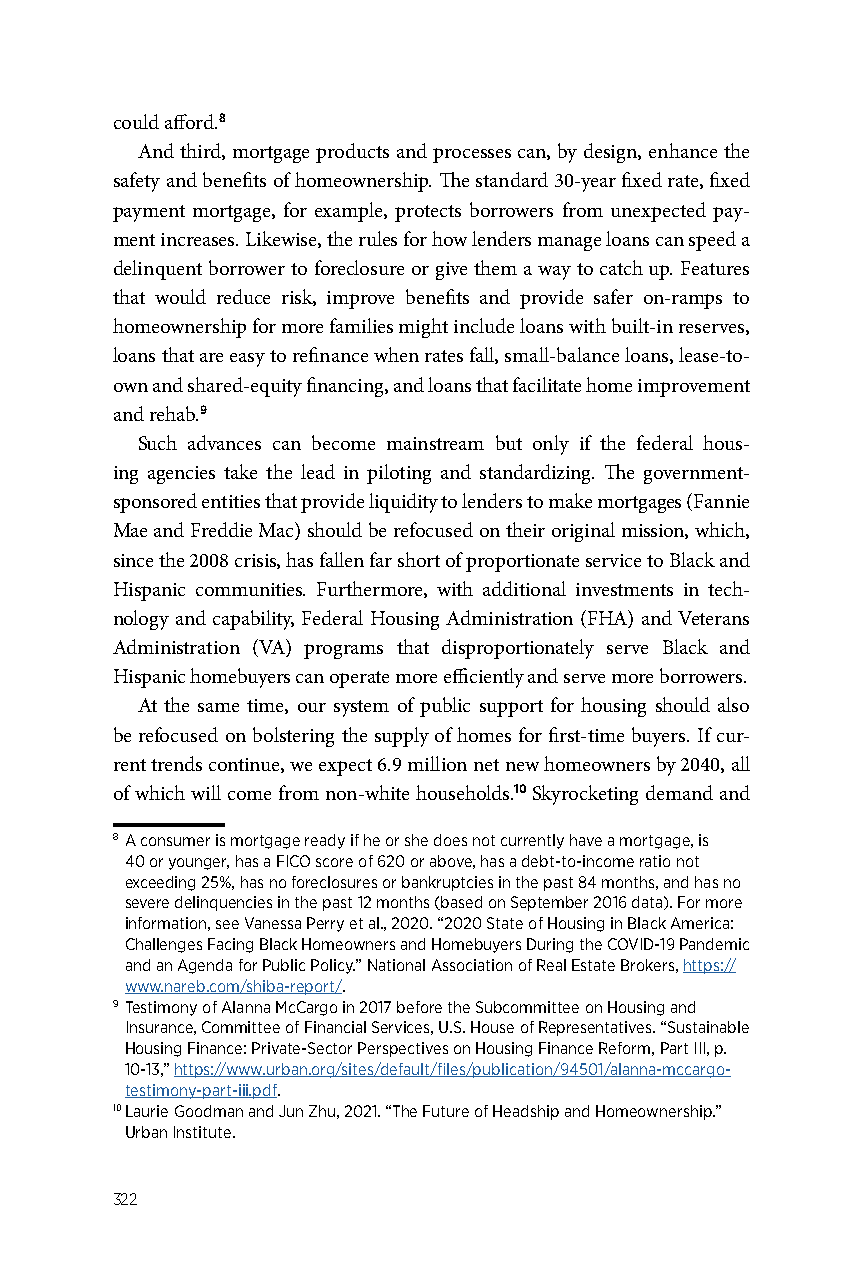
could afford.8
 And third, mortgage products and processes can, by design, enhance the
 safety and benefits of homeownership. The standard 30-year fixed rate, fixed
 payment mortgage, for example, protects borrowers from unexpected pay-
 ment increases. Likewise, the rules for how lenders manage loans can speed a
 delinquent borrower to foreclosure or give them a way to catch up. Features
 that would reduce risk, improve benefits and provide safer on-ramps to
 homeownership for more families might include loans with built-in reserves,
 loans that are easy to refinance when rates fall, small-balance loans, lease-to-
 own and shared-equity financing, and loans that facilitate home improvement
 and rehab.9
 Such advances can become mainstream but only if the federal hous-
 ing agencies take the lead in piloting and standardizing. The government-
 sponsored entities that provide liquidity to lenders to make mortgages (Fannie
 Mae and Freddie Mac) should be refocused on their original mission, which,
 since the 2008 crisis, has fallen far short of proportionate service to Black and
 Hispanic communities. Furthermore, with additional investments in tech-
 nology and capability, Federal Housing Administration (FHA) and Veterans
 Administration (VA) programs that disproportionately serve Black and
 Hispanic homebuyers can operate more efficiently and serve more borrowers.
 At the same time, our system of public support for housing should also
 be refocused on bolstering the supply of homes for first-time buyers. If cur-
 rent trends continue, we expect 6.9 million net new homeowners by 2040, all
 of which will come from non-white households.10 Skyrocketing demand and
 8 A consumer is mortgage ready if he or she does not currently have a mortgage, is
 40 or younger, has a FICO score of 620 or above, has a debt-to-income ratio not
 exceeding 25%, has no foreclosures or bankruptcies in the past 84 months, and has no
 severe delinquencies in the past 12 months (based on September 2016 data). For more
 information, see Vanessa Perry et al., 2020. “2020 State of Housing in Black America:
 Challenges Facing Black Homeowners and Homebuyers During the COVID-19 Pandemic
 and an Agenda for Public Policy.” National Association of Real Estate Brokers, https://
 www.nareb.com/shiba-report/.
 9 Testimony of Alanna McCargo in 2017 before the Subcommittee on Housing and
 Insurance, Committee of Financial Services, U.S. House of Representatives. “Sustainable
 Housing Finance: Private-Sector Perspectives on Housing Finance Reform, Part III, p.
 10-13,” https://www.urban.org/sites/default/files/publication/94501/alanna-mccargo-
 testimony-part-iii.pdf.
 10 Laurie Goodman and Jun Zhu, 2021. “The Future of Headship and Homeownership.”
 Urban Institute.
 322